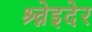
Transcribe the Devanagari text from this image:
श्र्च्नेइदेर